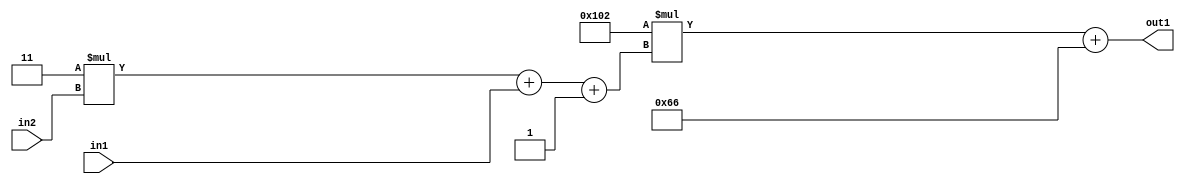
`timescale 1ps / 1ps
/*****************************************************************************
    Verilog RTL Description
    
    
    Created by: Stratus DpOpt 2019.1.01 
*******************************************************************************/

module DC_Filter_Add2i102Mul2i258Add3i1u1Mul2i3u2_1 (
	in2,
	in1,
	out1
	); /* architecture "behavioural" */ 
input [1:0] in2;
input  in1;
output [11:0] out1;
wire [11:0] asc001;
wire [3:0] asc002;

wire [3:0] asc002_tmp_0;
wire [3:0] asc002_tmp_1;
assign asc002_tmp_1 = 
	+(4'B0011 * in2);
assign asc002_tmp_0 = asc002_tmp_1
	+(in1);
assign asc002 = asc002_tmp_0
	+(4'B0001);

wire [11:0] asc001_tmp_2;
assign asc001_tmp_2 = 
	+(12'B000100000010 * asc002);
assign asc001 = asc001_tmp_2
	+(12'B000001100110);

assign out1 = asc001;
endmodule

/* CADENCE  vrTySAA= : u9/ySgnWtBlWxVPRXgAZ4Og= ** DO NOT EDIT THIS LINE ******/